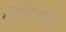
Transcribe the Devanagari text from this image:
व्हेंटीलेटरवर